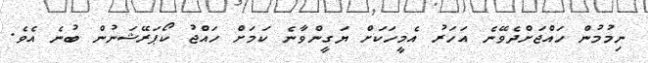
ނިމުމުން ހައްޖަށްދެވޭނެ އަހަރު އެމީހަކަށް ޔަގީންވާނެ ކަމަށް ހައްޖު ކޯޕަރޭޝަނުން ބުނެ އެވެ.